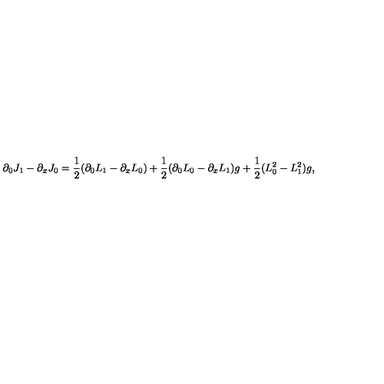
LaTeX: \partial _ { 0 } J _ { 1 } - \partial _ { x } J _ { 0 } = \frac { 1 } { 2 } ( \partial _ { 0 } L _ { 1 } - \partial _ { x } L _ { 0 } ) + \frac { 1 } { 2 } ( \partial _ { 0 } L _ { 0 } - \partial _ { x } L _ { 1 } ) g + \frac { 1 } { 2 } ( L _ { 0 } ^ { 2 } - L _ { 1 } ^ { 2 } ) g ,